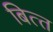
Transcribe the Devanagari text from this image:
बित्‍त